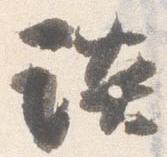
談